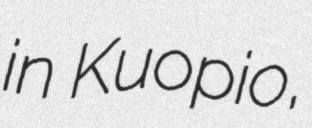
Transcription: in Kuopio,